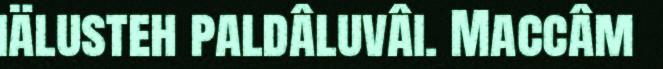
iälusteh paldâluvâi. Maccâm